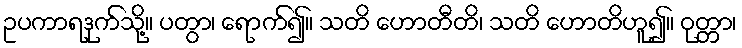
ဥပကာရဒုက်သို့။ ပတွာ၊ ရောက်၍။ သတိ ဟောတီတိ၊ သတိ ဟောတိဟူ၍။ ဝုတ္တာ၊